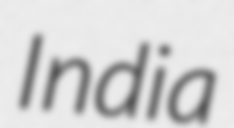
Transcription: India